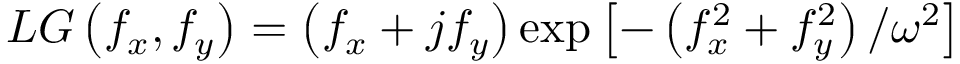
L G \left( f _ { x } , f _ { y } \right) = \left( f _ { x } + j f _ { y } \right) \exp \left[ - \left( f _ { x } ^ { 2 } + f _ { y } ^ { 2 } \right) / \omega ^ { 2 } \right]